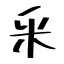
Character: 釆